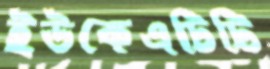
ইউকেএটিটি